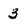
Character: 3